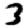
Digit: 3